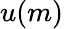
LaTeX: u(m)